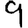
Digit: 9